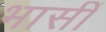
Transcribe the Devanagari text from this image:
भासीं